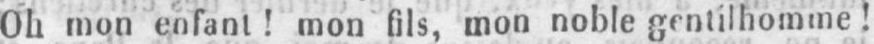
Oh mon enfant! mon fils, mon noble gentilhomme!